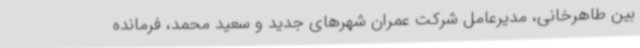
بین طاهرخانی، مدیرعامل شرکت عمران شهرهای جدید و سعید محمد، فرمانده